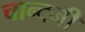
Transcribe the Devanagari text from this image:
चान्दनी